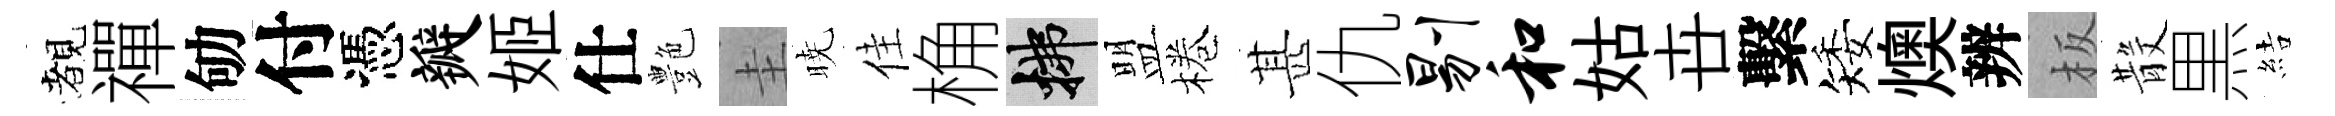
覩禪劬付憑瓣姬仕艶圭暁佳桷拂盟棬甚仇剔和姑卋繫矮燠辨板𣪚黒結